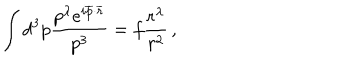
\int d ^ { 3 } p \frac { p ^ { \lambda } e ^ { i \overline { { { p } } } \cdot \overline { { { r } } } } } { p ^ { 3 } } = f \frac { r ^ { \lambda } } { r ^ { 2 } } \, ,